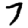
Digit: 7